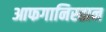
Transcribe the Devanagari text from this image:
आफगानिस्तान